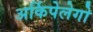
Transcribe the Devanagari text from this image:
अर्किपेलेगो